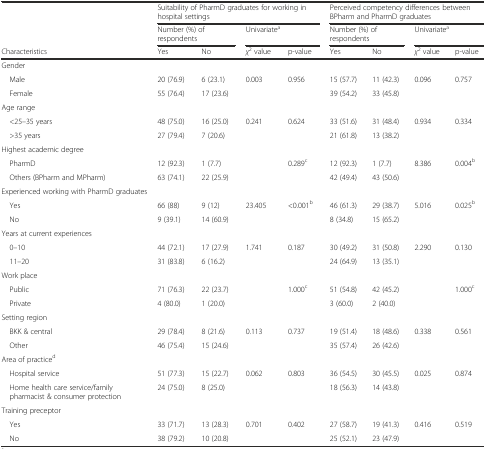
<table><thead><tr><td>[EMPTY_CELL]</td><td colspan="4"><b>Suitability of PharmD graduates for working in hospital settings</b></td><td colspan="4"><b>Perceived competency differences between BPharm and PharmD graduates</b></td></tr><tr><td>[EMPTY_CELL]</td><td colspan="2"><b>Number (%) of respondents</b></td><td colspan="2"><b>Univariate<sup>a</sup></b></td><td colspan="2"><b>Number (%) of respondents</b></td><td colspan="2"><b>Univariate<sup>a</sup></b></td></tr><tr><td><b>Characteristics</b></td><td><b>Yes</b></td><td><b>No</b></td><td><b><i>χ</i><sup>2</sup> value</b></td><td><b>p-value</b></td><td><b>Yes</b></td><td><b>No</b></td><td><b><i>χ</i><sup>2</sup> value</b></td><td><b>p-value</b></td></tr></thead><tbody><tr><td>Gender</td><td>[EMPTY_CELL]</td><td>[EMPTY_CELL]</td><td>[EMPTY_CELL]</td><td>[EMPTY_CELL]</td><td>[EMPTY_CELL]</td><td>[EMPTY_CELL]</td><td>[EMPTY_CELL]</td><td>[EMPTY_CELL]</td></tr><tr><td> Male</td><td>20 (76.9)</td><td>6 (23.1)</td><td>0.003</td><td>0.956</td><td>15 (57.7)</td><td>11 (42.3)</td><td>0.096</td><td>0.757</td></tr><tr><td> Female</td><td>55 (76.4)</td><td>17 (23.6)</td><td>[EMPTY_CELL]</td><td>[EMPTY_CELL]</td><td>39 (54.2)</td><td>33 (45.8)</td><td>[EMPTY_CELL]</td><td>[EMPTY_CELL]</td></tr><tr><td>Age range</td><td>[EMPTY_CELL]</td><td>[EMPTY_CELL]</td><td>[EMPTY_CELL]</td><td>[EMPTY_CELL]</td><td>[EMPTY_CELL]</td><td>[EMPTY_CELL]</td><td>[EMPTY_CELL]</td><td>[EMPTY_CELL]</td></tr><tr><td> &lt;25–35 years</td><td>48 (75.0)</td><td>16 (25.0)</td><td>0.241</td><td>0.624</td><td>33 (51.6)</td><td>31 (48.4)</td><td>0.934</td><td>0.334</td></tr><tr><td> &gt;35 years</td><td>27 (79.4)</td><td>7 (20.6)</td><td>[EMPTY_CELL]</td><td>[EMPTY_CELL]</td><td>21 (61.8)</td><td>13 (38.2)</td><td>[EMPTY_CELL]</td><td>[EMPTY_CELL]</td></tr><tr><td>Highest academic degree</td><td>[EMPTY_CELL]</td><td>[EMPTY_CELL]</td><td>[EMPTY_CELL]</td><td>[EMPTY_CELL]</td><td>[EMPTY_CELL]</td><td>[EMPTY_CELL]</td><td>[EMPTY_CELL]</td><td>[EMPTY_CELL]</td></tr><tr><td> PharmD</td><td>12 (92.3)</td><td>1 (7.7)</td><td>[EMPTY_CELL]</td><td>0.289<sup>c</sup></td><td>12 (92.3)</td><td>1 (7.7)</td><td>8.386</td><td>0.004<sup>b</sup></td></tr><tr><td> Others (BPharm and MPharm)</td><td>63 (74.1)</td><td>22 (25.9)</td><td>[EMPTY_CELL]</td><td>[EMPTY_CELL]</td><td>42 (49.4)</td><td>43 (50.6)</td><td>[EMPTY_CELL]</td><td>[EMPTY_CELL]</td></tr><tr><td>Experienced working with PharmD graduates</td><td>[EMPTY_CELL]</td><td>[EMPTY_CELL]</td><td>[EMPTY_CELL]</td><td>[EMPTY_CELL]</td><td>[EMPTY_CELL]</td><td>[EMPTY_CELL]</td><td>[EMPTY_CELL]</td><td>[EMPTY_CELL]</td></tr><tr><td> Yes</td><td>66 (88)</td><td>9 (12)</td><td>23.405</td><td>&lt;0.001<sup>b</sup></td><td>46 (61.3)</td><td>29 (38.7)</td><td>5.016</td><td>0.025<sup>b</sup></td></tr><tr><td> No</td><td>9 (39.1)</td><td>14 (60.9)</td><td>[EMPTY_CELL]</td><td>[EMPTY_CELL]</td><td>8 (34.8)</td><td>15 (65.2)</td><td>[EMPTY_CELL]</td><td>[EMPTY_CELL]</td></tr><tr><td>Years at current experiences</td><td>[EMPTY_CELL]</td><td>[EMPTY_CELL]</td><td>[EMPTY_CELL]</td><td>[EMPTY_CELL]</td><td>[EMPTY_CELL]</td><td>[EMPTY_CELL]</td><td>[EMPTY_CELL]</td><td>[EMPTY_CELL]</td></tr><tr><td> 0–10</td><td>44 (72.1)</td><td>17 (27.9)</td><td>1.741</td><td>0.187</td><td>30 (49.2)</td><td>31 (50.8)</td><td>2.290</td><td>0.130</td></tr><tr><td> 11–20</td><td>31 (83.8)</td><td>6 (16.2)</td><td>[EMPTY_CELL]</td><td>[EMPTY_CELL]</td><td>24 (64.9)</td><td>13 (35.1)</td><td>[EMPTY_CELL]</td><td>[EMPTY_CELL]</td></tr><tr><td>Work place</td><td>[EMPTY_CELL]</td><td>[EMPTY_CELL]</td><td>[EMPTY_CELL]</td><td>[EMPTY_CELL]</td><td>[EMPTY_CELL]</td><td>[EMPTY_CELL]</td><td>[EMPTY_CELL]</td><td>[EMPTY_CELL]</td></tr><tr><td> Public</td><td>71 (76.3)</td><td>22 (23.7)</td><td>[EMPTY_CELL]</td><td>1.000<sup>c</sup></td><td>51 (54.8)</td><td>42 (45.2)</td><td>[EMPTY_CELL]</td><td>1.000<sup>c</sup></td></tr><tr><td> Private</td><td>4 (80.0)</td><td>1 (20.0)</td><td>[EMPTY_CELL]</td><td>[EMPTY_CELL]</td><td>3 (60.0)</td><td>2 (40.0)</td><td>[EMPTY_CELL]</td><td>[EMPTY_CELL]</td></tr><tr><td>Setting region</td><td>[EMPTY_CELL]</td><td>[EMPTY_CELL]</td><td>[EMPTY_CELL]</td><td>[EMPTY_CELL]</td><td>[EMPTY_CELL]</td><td>[EMPTY_CELL]</td><td>[EMPTY_CELL]</td><td>[EMPTY_CELL]</td></tr><tr><td> BKK &amp; central</td><td>29 (78.4)</td><td>8 (21.6)</td><td>0.113</td><td>0.737</td><td>19 (51.4)</td><td>18 (48.6)</td><td>0.338</td><td>0.561</td></tr><tr><td> Other</td><td>46 (75.4)</td><td>15 (24.6)</td><td>[EMPTY_CELL]</td><td>[EMPTY_CELL]</td><td>35 (57.4)</td><td>26 (42.6)</td><td>[EMPTY_CELL]</td><td>[EMPTY_CELL]</td></tr><tr><td>Area of practice<sup>d</sup></td><td>[EMPTY_CELL]</td><td>[EMPTY_CELL]</td><td>[EMPTY_CELL]</td><td>[EMPTY_CELL]</td><td>[EMPTY_CELL]</td><td>[EMPTY_CELL]</td><td>[EMPTY_CELL]</td><td>[EMPTY_CELL]</td></tr><tr><td> Hospital service</td><td>51 (77.3)</td><td>15 (22.7)</td><td>0.062</td><td>0.803</td><td>36 (54.5)</td><td>30 (45.5)</td><td>0.025</td><td>0.874</td></tr><tr><td> Home health care service/family pharmacist &amp; consumer protection</td><td>24 (75.0)</td><td>8 (25.0)</td><td>[EMPTY_CELL]</td><td>[EMPTY_CELL]</td><td>18 (56.3)</td><td>14 (43.8)</td><td>[EMPTY_CELL]</td><td>[EMPTY_CELL]</td></tr><tr><td>Training preceptor</td><td>[EMPTY_CELL]</td><td>[EMPTY_CELL]</td><td>[EMPTY_CELL]</td><td>[EMPTY_CELL]</td><td>[EMPTY_CELL]</td><td>[EMPTY_CELL]</td><td>[EMPTY_CELL]</td><td>[EMPTY_CELL]</td></tr><tr><td> Yes</td><td>33 (71.7)</td><td>13 (28.3)</td><td>0.701</td><td>0.402</td><td>27 (58.7)</td><td>19 (41.3)</td><td>0.416</td><td>0.519</td></tr><tr><td> No</td><td>38 (79.2)</td><td>10 (20.8)</td><td>[EMPTY_CELL]</td><td>[EMPTY_CELL]</td><td>25 (52.1)</td><td>23 (47.9)</td><td>[EMPTY_CELL]</td><td>[EMPTY_CELL]</td></tr></tbody></table>